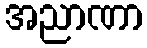
အညာဏာ